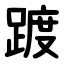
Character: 踱